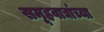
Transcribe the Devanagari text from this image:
समूहवाद्यांच्या